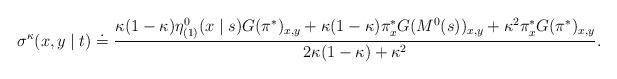
LaTeX: \begin{align*}\begin{aligned}\sigma^{\kappa}(x,y \mid t) &\doteq \frac{ \kappa(1-\kappa) \eta^0_{(1)}(x\mid s)G(\pi^*)_{x,y} +\kappa(1-\kappa) \pi^*_xG(M^{0}(s))_{x,y} + \kappa^2 \pi^{*}_x G(\pi^*)_{x,y} }{2\kappa(1-\kappa)+\kappa^2}.\end{aligned}\end{align*}